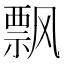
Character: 飘